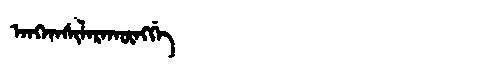
Manchu: ᠠᠩᡤᠠᠰᡳᠯᠠᡵᠠᡴᡡᠩᡤᡝ
Romanization: ANGGASILARAKŪNGGE